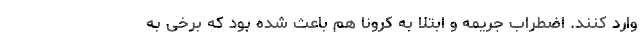
وارد کنند. اضطراب جریمه و ابتلا به کرونا هم باعث شده بود که برخی به